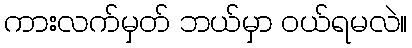
ကားလက်မှတ် ဘယ်မှာ ဝယ်ရမလဲ။